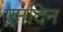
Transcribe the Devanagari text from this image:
एमदिन